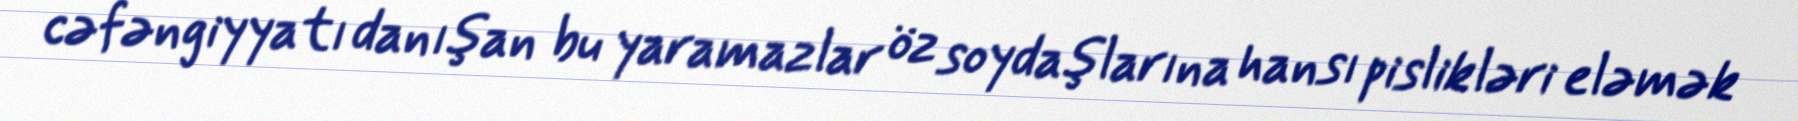
cəfəngiyyatı danışan bu yaramazlar öz soydaşlarına hansı pislikləri eləmək